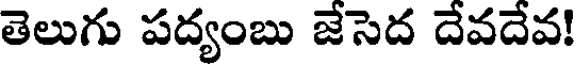
తెలుగు పద్యంబు జేసెద దేవదేవ!